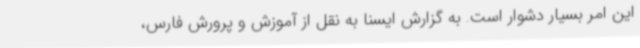
این امر بسیار دشوار است. به گزارش ایسنا به نقل از آموزش و پرورش فارس،